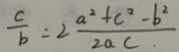
\frac { c } { b } = 2 \frac { a ^ { 2 } + c ^ { 2 } - b ^ { 2 } } { 2 a c }